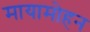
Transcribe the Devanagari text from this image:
मायामोहन